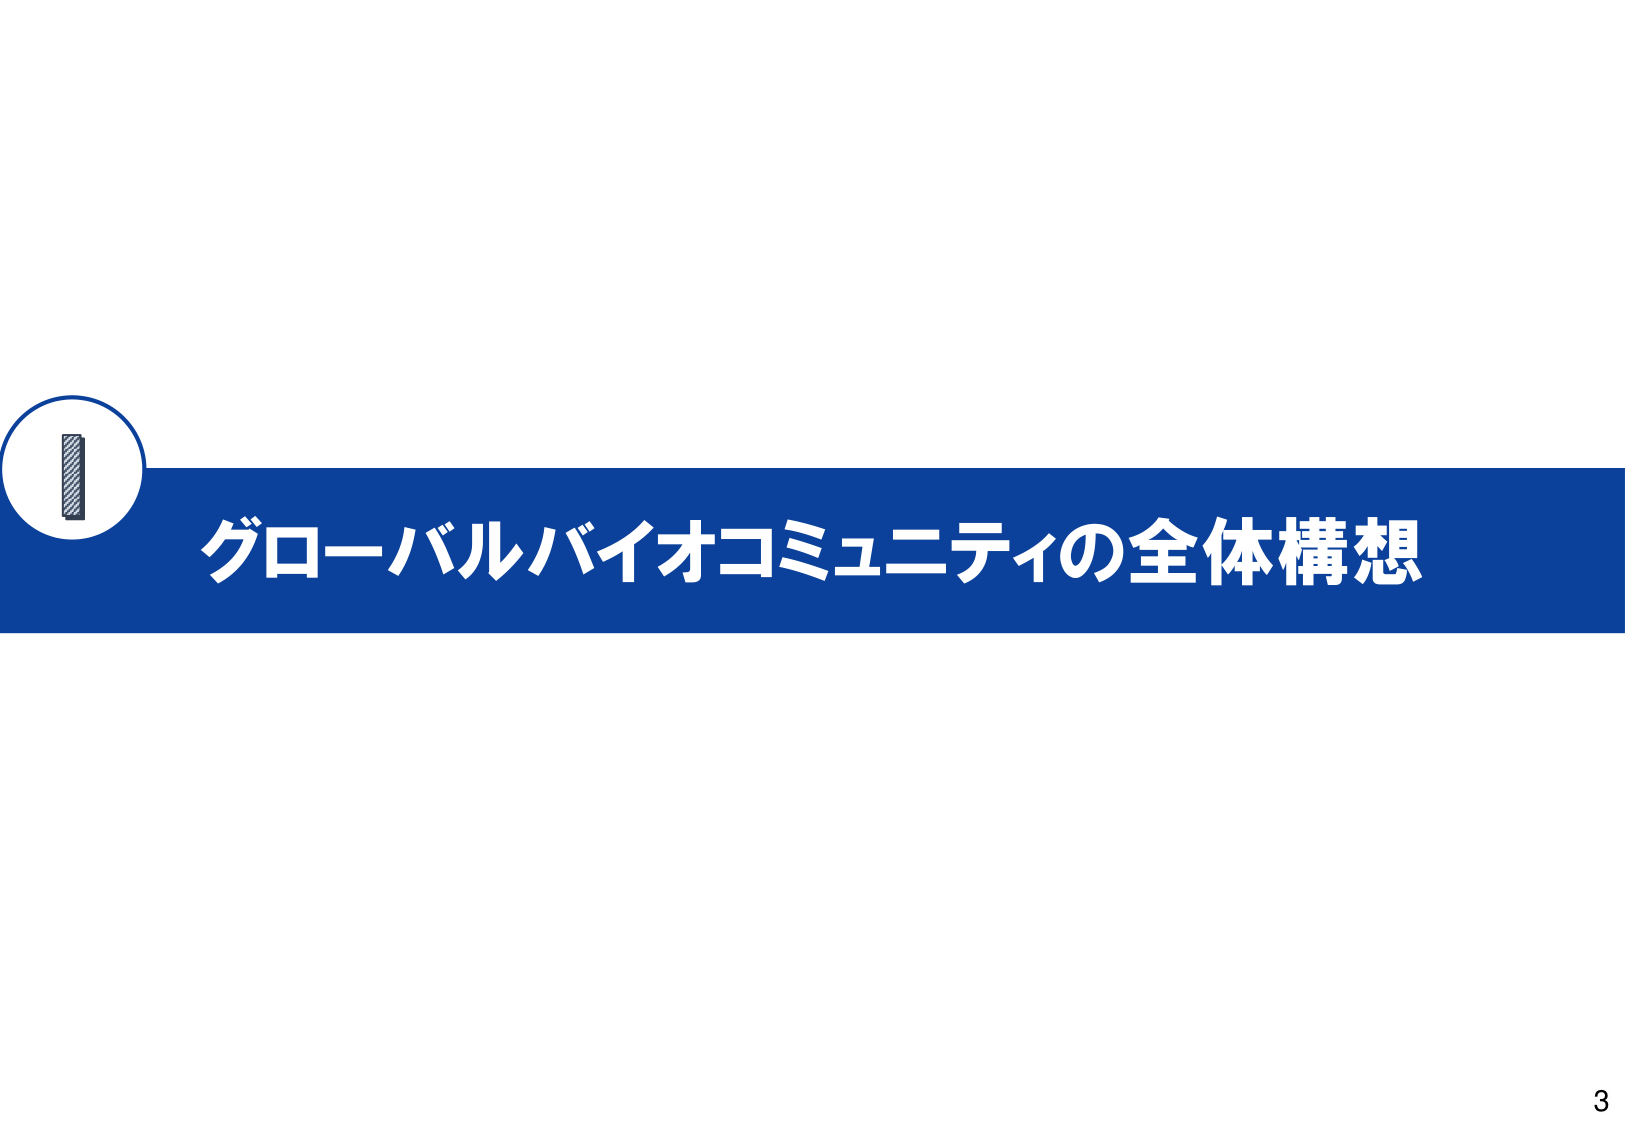
グローバルバイオコミュニティの全体構想
3